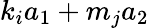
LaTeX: k_{i}a_{1}+m_{j}a_{2}